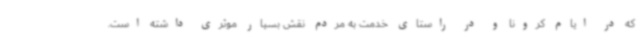
که در ایام کرونا و در راستای خدمت به مردم نقش بسیار موثری داشته است.